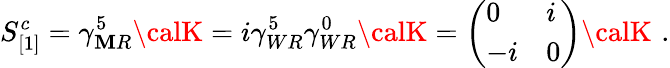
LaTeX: S_{[1]}^{c}=\gamma_{\mathbf{M}R}^{5}{\calK}=i\gamma_{WR}^{5}\gamma_{WR}^{0}{\calK}=\left(\begin{array}{ll}{{0}}&{{i}}\\ {{-i}}&{{0}}\end{array}\right){\calK}\, \, .